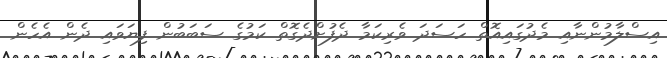
އިސްލާމުންނާއި މެދުގައިއޮތް ހަސަދަ ވެރިކަމާ ދެފުށްދެގޮތް ކަމުގެ ސަބަބުން ފިޔަވައި ދެން އެހެން